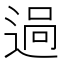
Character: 𨓺